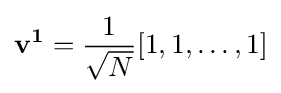
\mathbf {v^{1}} ={\frac {1}{\sqrt {N}}}[1,1,\ldots ,1]